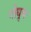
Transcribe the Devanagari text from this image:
गोधुक